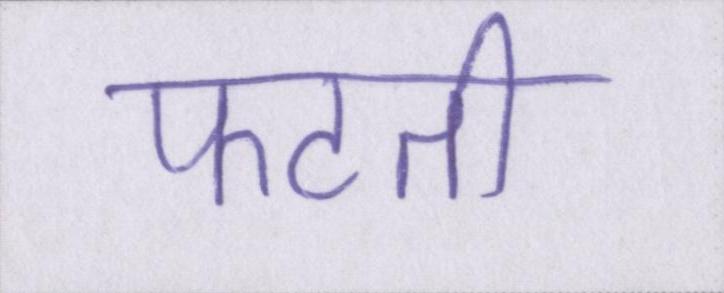
फटती